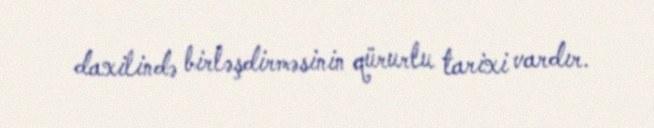
daxilində birləşdirməsinin qürurlu tarixi vardır.